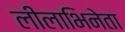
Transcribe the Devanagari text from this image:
लीलाभिनेता